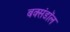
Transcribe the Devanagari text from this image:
बक्संडाॅल